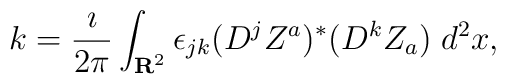
k = \frac{\imath}{2\pi} \int_{{\bf R}^2} \epsilon_{jk} (D^j Z^a)^* (D^k Z_a) \; d^{2}x,